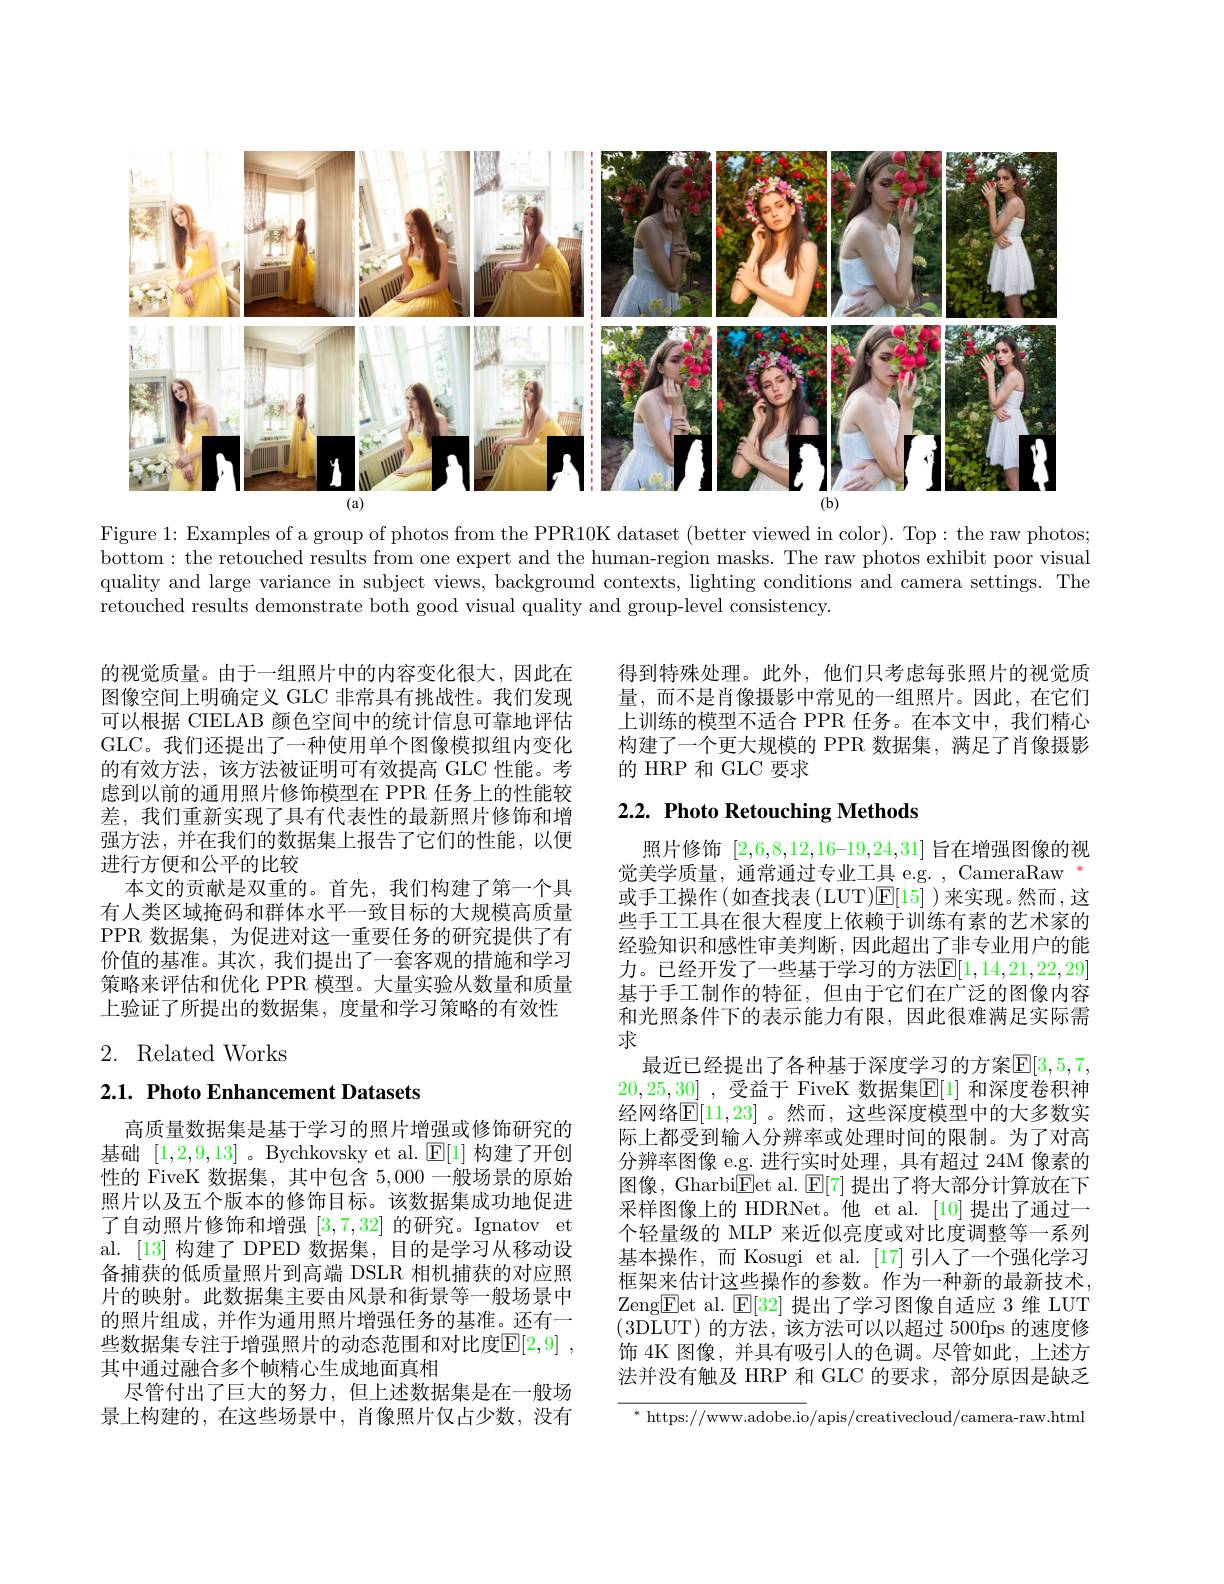
<FigureHere>

Figure 1: Examples of a group of photos from the PPR10K dataset (better viewed in color). Top: the raw photos; bottom: the retouched results from one expert and the human-region masks. The raw photos exhibit poor visual quality and large variance in subject views, background contexts, lighting conditions and camera settings. The retouched results demonstrate both good visual quality and group-level consistency.

得到特殊处理。此外，他们只考虑每张照片的视觉质量，而不是肖像摄影中常见的一组照片。因此，在它们上训练的模型不适合 PPR 任务。在本文中，我们精心构建了一个更大规模的 PPR 数据集，满足了肖像摄影的 HRP 和 GLC 要求

## $2. 2. \textbf{ Photo Retouching Methods}$

的视觉质量。由于一组照片中的内容变化很大，因此在图像空间上明确定义 GLC 非常具有挑战性。我们发现可以根据 CIELAB 颜色空间中的统计信息可靠地评估GLC。我们还提出了一种使用单个图像模拟组内变化的有效方法，该方法被证明可有效提高 GLC 性能。考虑到以前的通用照片修饰模型在 PPR 任务上的性能较差，我们重新实现了具有代表性的最新照片修饰和增强方法，并在我们的数据集上报告了它们的性能，以便进行方便和公平的比较
本文的贡献是双重的。首先，我们构建了第一个具有人类区域掩码和群体水平一致目标的大规模高质量PPR 数据集，为促进对这一重要任务的研究提供了有价值的基准。其次，我们提出了一套客观的措施和学习策略来评估和优化 PPR 模型。大量实验从数量和质量上验证了所提出的数据集，度量和学习策略的有效性

## 2. Related Works

# 2.1. Photo Enhancement Datasets

照片修饰$[2,6,8,12,16–19,24,31]$旨在增强图像的视觉美学质量，通常通过专业工具 e.g. , CameraRaw " 或手工操作(如查找表(LUT)$\mathbb{E}[15]$ )来实现。然而，这些手工工具在很大程度上依赖于训练有素的艺术家的经验知识和感性审美判断，因此超出了非专业用户的能力。已经开发了一些基于学习的方法$\mathbb{E}[1,14,21,22,29]$ 基于手工制作的特征，但由于它们在广泛的图像内容和光照条件下的表示能力有限，因此很难满足实际需求
最近已经提出了各种基于深度学习的方案$\mathbb{E}[3,5,7$, 20,25,30] ,受益于 FiveK 数据集$\mathbb{E}[1]$ 和深度卷积神经网络$\mathbb{E}[11,23]$ 。然而，这些深度模型中的大多数实际上都受到输入分辨率或处理时间的限制。为了对高分辨率图像 e.g. 进行实时处理，具有超过 24M 像素的图像，GharbiEet al. E[ 7] 提出了将大部分计算放在下采样图像上的 HDRNet。他 et al. [10] 提出了通过一个轻量级的 MLP 来近似亮度或对比度调整等一系列基本操作，而 Kosugi et al. [17] 引人了一个强化学习框架来估计这些操作的参数。作为一种新的最新技术， Zeng$\boxed{\mathrm{F}}$et al. $\boxed{\mathrm{E}}[32]$提出了学习图像自适应 3 维 LUT (3DLUT)的方法，该方法可以以超过 500fps 的速度修饰 4K 图像，并具有吸引人的色调。尽管如此，上述方法并没有触及 HRP 和 GLC 的要求，部分原因是缺乏

高质量数据集是基于学习的照片增强或修饰研究的基础[1,2,9,13] 。Bychkovsky et al. $\mathbb{E}[1]$构建了开创性的 FiveK 数据集，其中包含5，000一般场景的原始照片以及五个版本的修饰目标。该数据集成功地促进了自动照片修饰和增强[3,7,32]的研究。Ignatov et al. [13] 构建了 DPED 数据集，目的是学习从移动设备捕获的低质量照片到高端 DSLR 相机捕获的对应照片的映射。此数据集主要由风景和街景等一般场景中的照片组成，并作为通用照片增强任务的基准。还有一些数据集专注于增强照片的动态范围和对比度$\mathbb{E} [ 2, 9]$ , 其中通过融合多个帧精心生成地面真相
尽管付出了巨大的努力，但上述数据集是在一般场景上构建的，在这些场景中，肖像照片仅占少数，没有

$^*$ https://www.adobe.io/apis/creativecloud/camera-raw.htmi